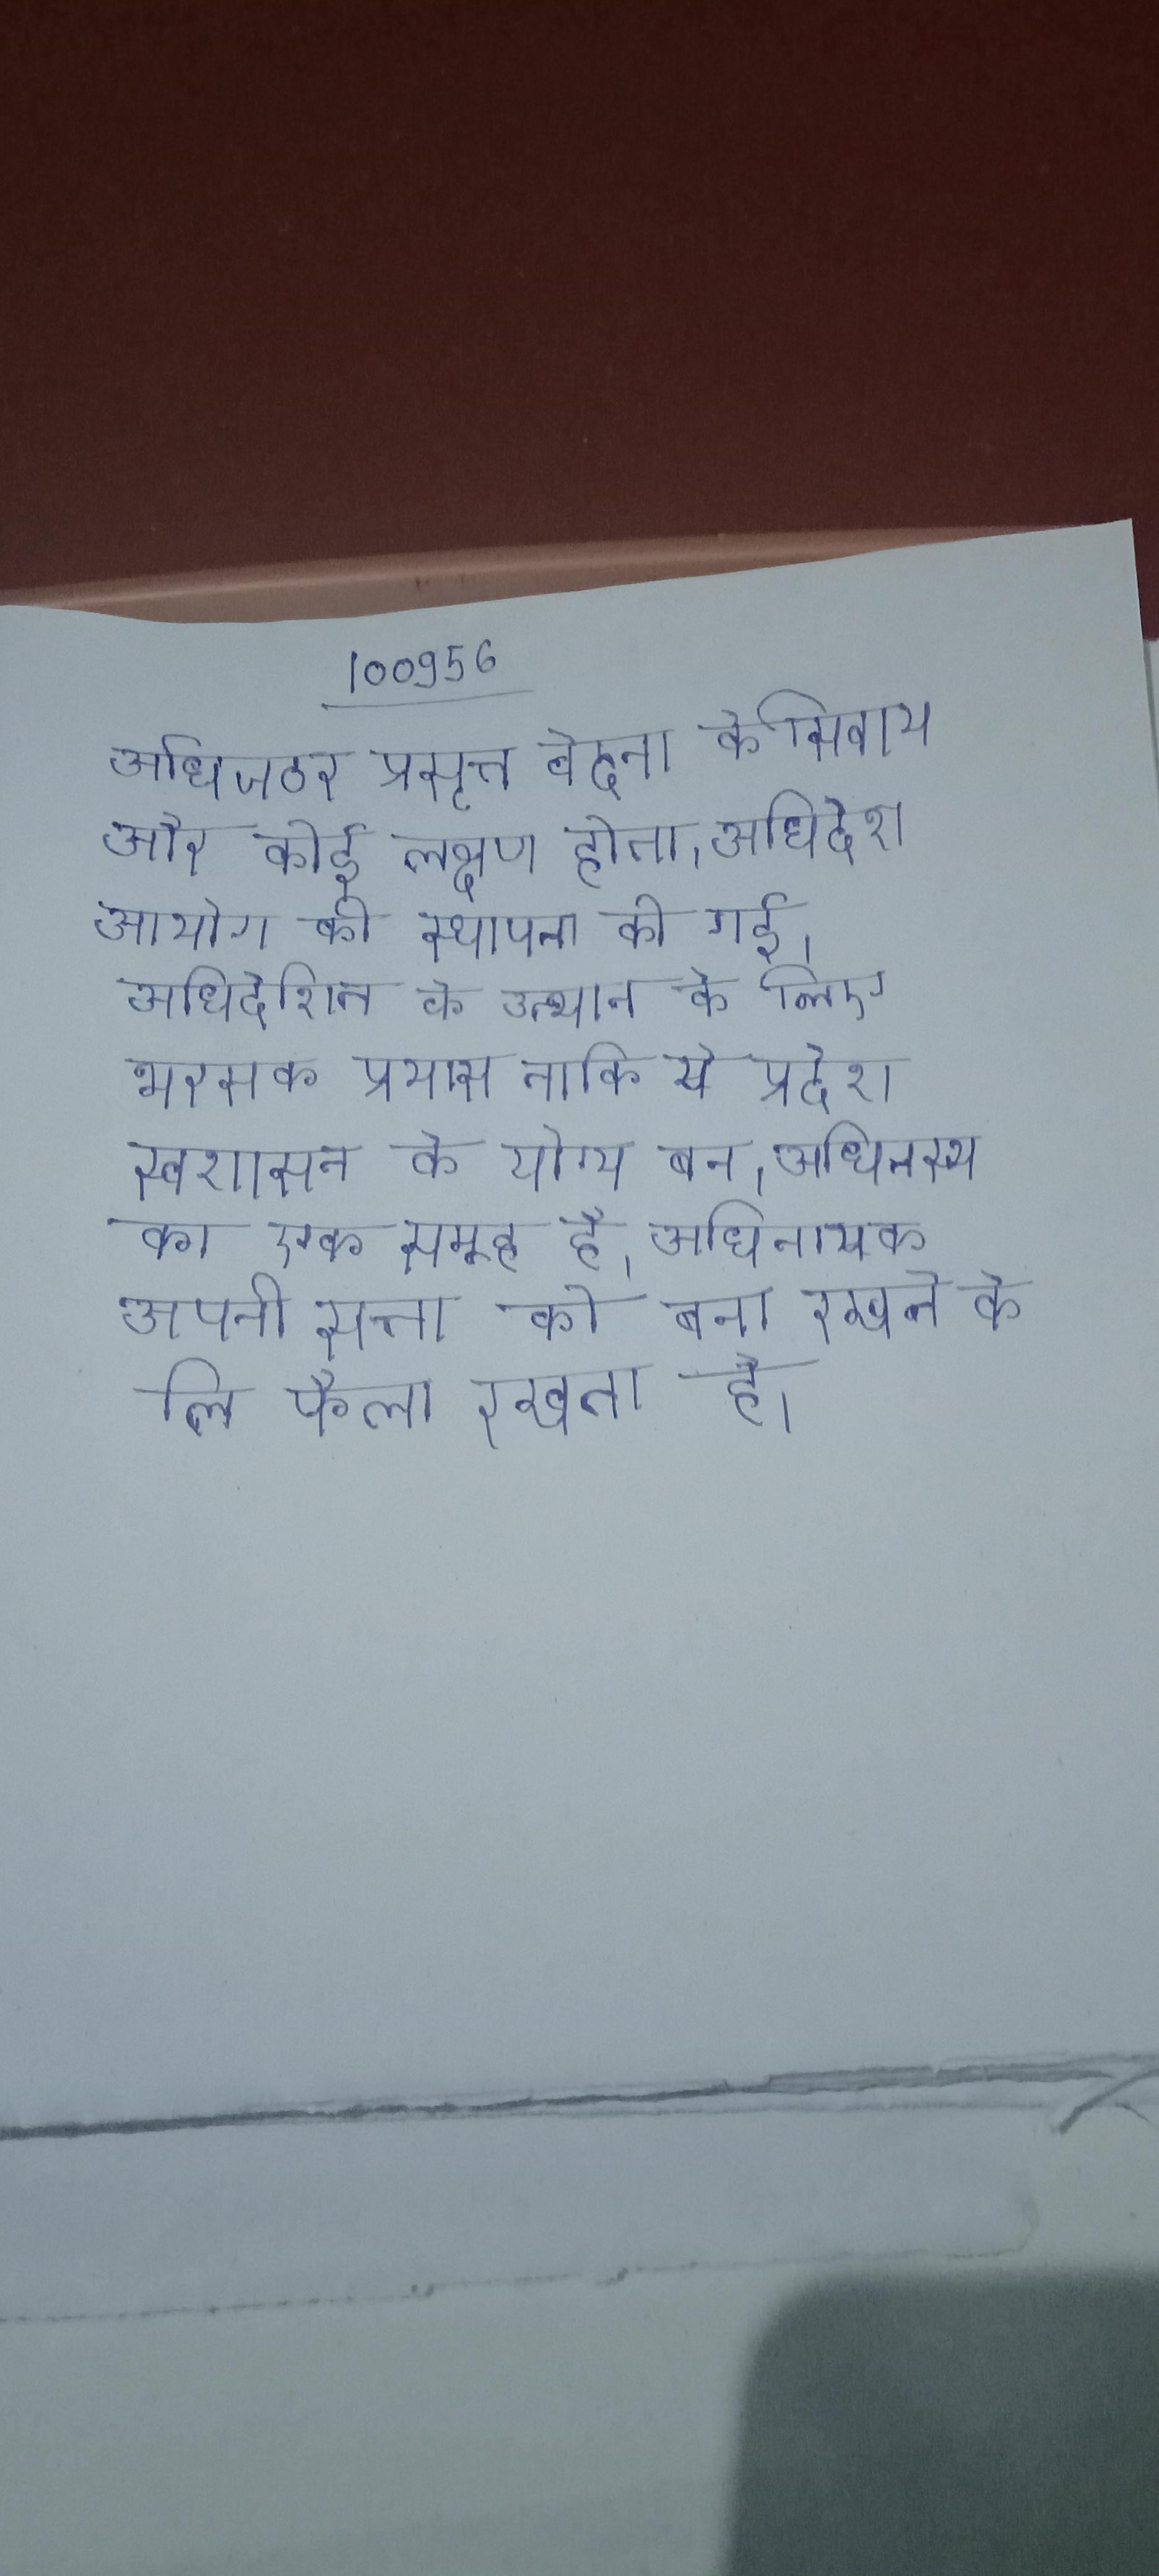
अधिजठर प्रसृत्त वेदना के सिवाय और कोई लक्षण होता । अधिदेश आयोग की स्थापना की गई । अधिदेशित के उत्थान के लिए भरसक प्रयास ताकि ये प्रदेश स्वशासन के योग्य बन । अधिनस्थ का एक समूह है । अधिनायक अपनी सत्ता को बना रखने के लि फैला रखता है ।